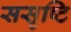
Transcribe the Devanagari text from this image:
ससृष्टि